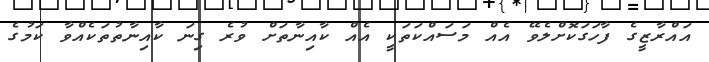
އައްރާޒީގެ ފާހަގަކޮށްލެވޭ އެއް މަސައްކަތަކީ އެއް ކާއިނާތަށް ވުރެ ގިނަ ކާއިނާތުތަކެއްވާ ކަމުގެ